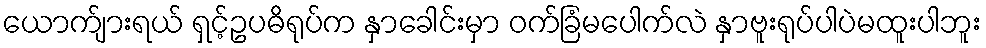
ယောက်ျားရယ် ရှင့်ဥပဓိရုပ်က နှာခေါင်းမှာ ဝက်ခြံမပေါက်လဲ နှာဗူးရုပ်ပါပဲမထူးပါဘူး